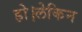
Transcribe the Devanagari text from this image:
हो।लेकिन